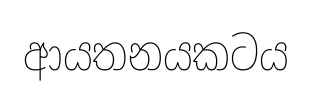
ආයතනයකටය